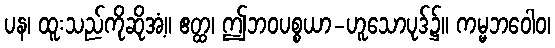
ပန၊ ထူးသည်ကိုဆိုအံ့။ ဧတ္ထ၊ ဤဘဝပစ္စယာ-ဟူသောပုဒ်၌။ ကမ္မဘဝေါဝ၊